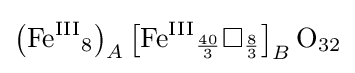
\left({\mathrm {Fe} {\vphantom {A}}^{\mathrm {III} }{\vphantom {A}}_{\smash[{t}]{8}}}\right)_{A}\left[{\mathrm {Fe} {\vphantom {A}}^{\mathrm {III} }{\vphantom {A}}_{\smash[{t}]{\mathchoice {\textstyle {\frac {40}{3}}}{\frac {40}{3}}{\frac {40}{3}}{\frac {40}{3}}}}\square {\vphantom {A}}_{\smash[{t}]{\mathchoice {\textstyle {\frac {8}{3}}}{\frac {8}{3}}{\frac {8}{3}}{\frac {8}{3}}}}}\right]_{B}{\mathrm {O} {\vphantom {A}}_{\smash[{t}]{32}}}